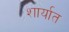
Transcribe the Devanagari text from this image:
शार्यात